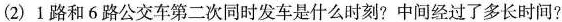
(2)1路和6路公交车第二次同时发车是什么时刻?中间经过了多长时间?